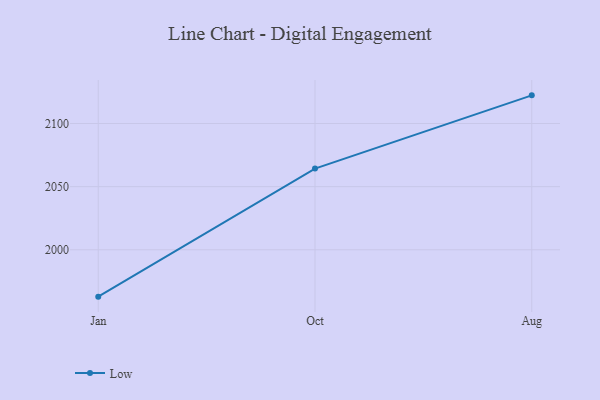
{"axis": {"x": "Month", "y": "Gross Profit (USD K)"}, "legend": ["Low"], "data": [{"x": "Jan", "y": 1962.9, "type": "Low"}, {"x": "Oct", "y": 2064.3, "type": "Low"}, {"x": "Aug", "y": 2122.3, "type": "Low"}]}